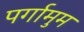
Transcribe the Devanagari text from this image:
पर्गामुम